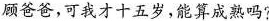
顾爸爸，可我才十五岁，能算成熟吗?